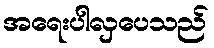
အရေးပါလှပေသည်